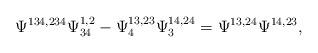
LaTeX: \begin{align*}\Psi^{134,234}\Psi^{1,2}_{34}-\Psi^{13,23}_{4}\Psi^{14,24}_{3}=\Psi^{13,24}\Psi^{14,23},\end{align*}